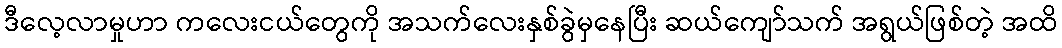
ဒီလေ့လာမှုဟာ ကလေးငယ်တွေကို အသက်လေးနှစ်ခွဲမှနေပြီး ဆယ်ကျော်သက် အရွယ်ဖြစ်တဲ့ အထိ